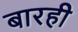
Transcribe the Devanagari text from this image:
बारही